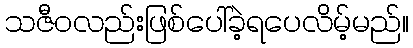
သဇီဝလည်းဖြစ်ပေါ်ခဲ့ရပေလိမ့်မည်။